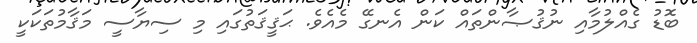
ބޮޑު ގެއްލުމާއި ނުޤުޞާންތައް ކަން އެނގޭ މެއެވެ. ޙަޤީޤަތުގައި މި ސިޔާސީ މަޤާމުތަކަކީ